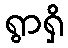
ရွာရှိ